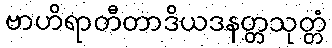
ဗာဟိရာတီတာဒိယဒနတ္တသုတ္တံ